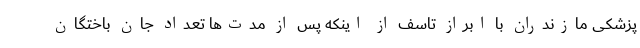
پزشکی مازندران با ابراز تاسف از اینکه پس از مدت‌ها تعداد جان باختگان